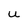
Character: u